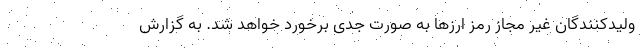
ولیدکنندگان غیر مجاز رمز ارزها به صورت جدی برخورد خواهد شد. به گزارش